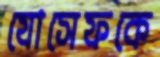
যোসেফকে